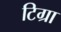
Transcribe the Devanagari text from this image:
टिग्रा